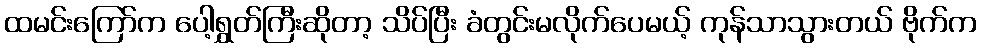
ထမင်းကြော်က ပေါ့ရွှတ်ကြီးဆိုတာ့ သိပ်ပြီး ခံတွင်းမလိုက်ပေမယ့် ကုန်သာသွားတယ် ဗိုက်က